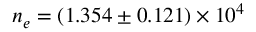
n _ { e } = ( 1 . 3 5 4 \pm 0 . 1 2 1 ) \times 1 0 ^ { 4 }